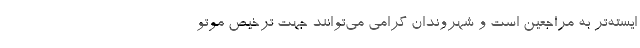
ایسته‌تر به مراجعین است و شهروندان گرامی می‌توانند جهت ترخیص موتو